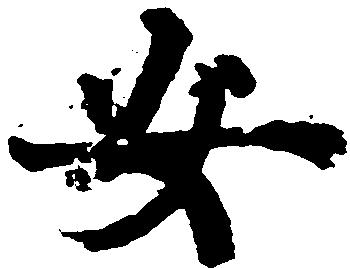
安